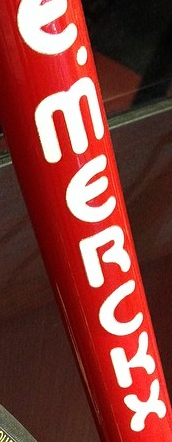
E.MERCKX